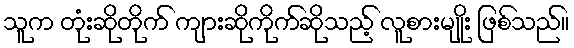
သူက တုံးဆိုတိုက် ကျားဆိုကိုက်ဆိုသည့် လူစားမျိုး ဖြစ်သည်။